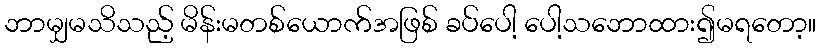
ဘာမျှမသိသည့် မိန်းမတစ်ယောက်အဖြစ် ခပ်ပေါ့ ပေါ့သဘောထား၍မရတော့။